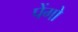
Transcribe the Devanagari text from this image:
पेंगो